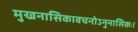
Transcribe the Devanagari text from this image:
मुखनासिकावचनोऽनुनासिकः।